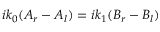
i k _ { 0 } ( A _ { r } - A _ { l } ) = i k _ { 1 } ( B _ { r } - B _ { l } )